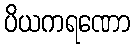
ပိယကရဏော